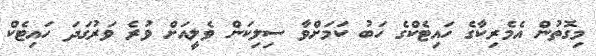
މިގޮތުން އެމެރިކާގެ ހައިޓެކްގެ ހަބު ކަމަށްވާ ސިލިކަން ވެލީއަށް ވުރެ ވަރުގަދަ ހައިޓެކް